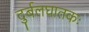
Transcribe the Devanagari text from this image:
दुर्बलघातकः